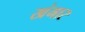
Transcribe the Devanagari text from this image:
खंमार